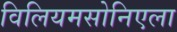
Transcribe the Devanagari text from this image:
विलियमसोनिएला